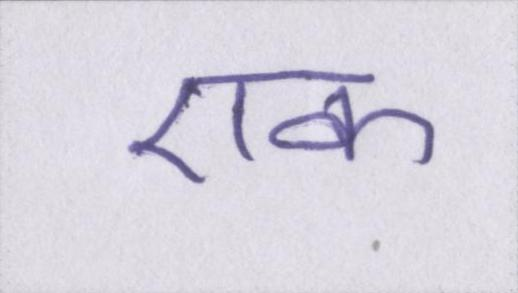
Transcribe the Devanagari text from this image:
एक